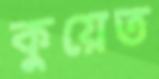
কুয়েত